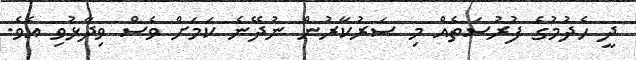
ދީ ހެދުމުގެ ފުރުސަތެއް މި ސަރުކާރުން ނުދޭނެ ކަމަށް ވެސް ވިދާޅުވި އެވެ.